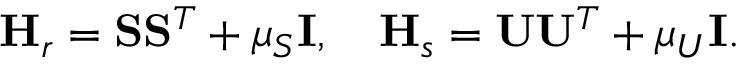
\mathbf { H } _ { r } = \mathbf { S } \mathbf { S } ^ { T } + \mu _ { S } \mathbf { I } , \quad \mathbf { H } _ { s } = \mathbf { U } \mathbf { U } ^ { T } + \mu _ { U } \mathbf { I } .